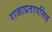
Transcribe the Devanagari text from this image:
राजाप्रतापसिंह